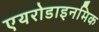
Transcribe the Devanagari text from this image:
एयरोडाइनमिक